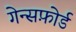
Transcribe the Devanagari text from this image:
गेन्सफ़ोर्ड